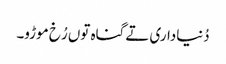
دُنیاداری تے گناہ توں رُخ موڑو۔